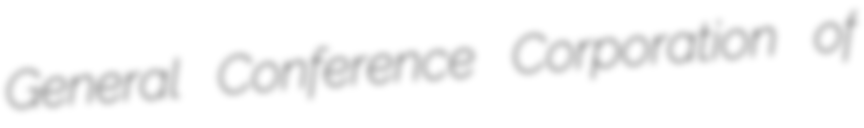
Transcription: General Conference Corporation of